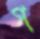
গ